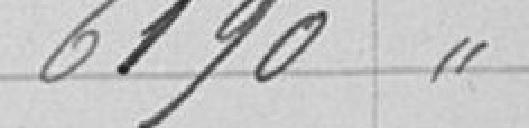
6190